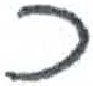
אות: כ